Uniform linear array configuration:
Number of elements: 8
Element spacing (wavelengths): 0.5
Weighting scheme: hann
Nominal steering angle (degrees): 0
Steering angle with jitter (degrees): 0.4937
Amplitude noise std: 0.05
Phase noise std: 0.05

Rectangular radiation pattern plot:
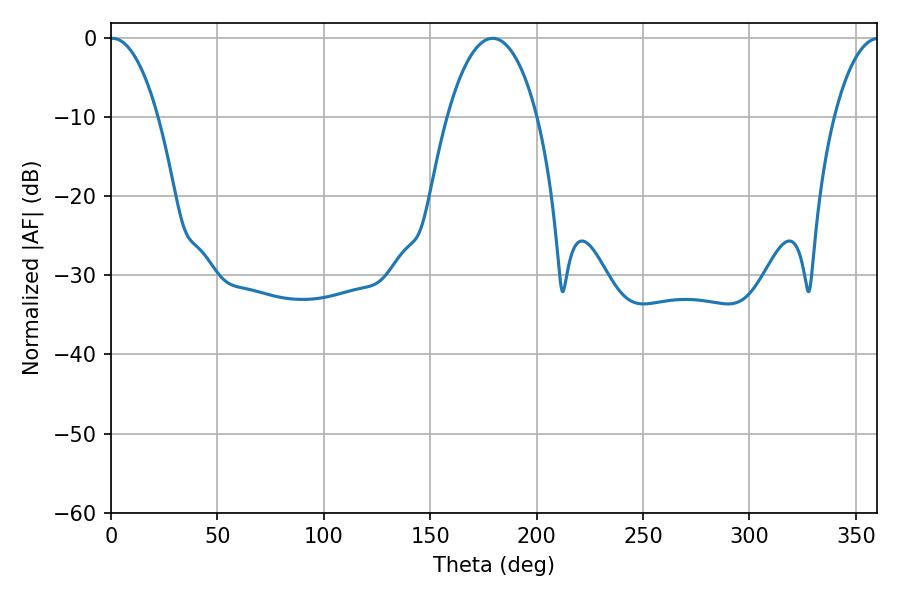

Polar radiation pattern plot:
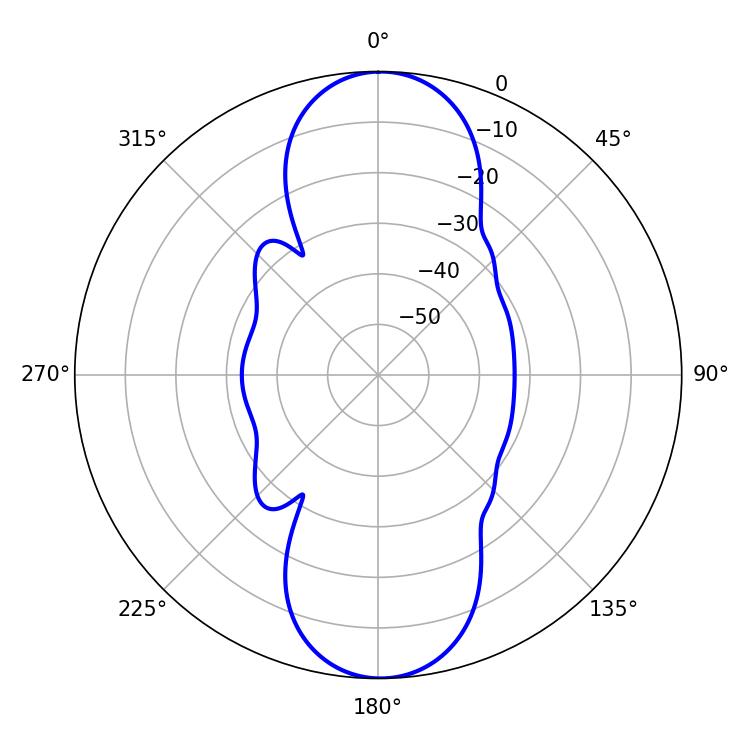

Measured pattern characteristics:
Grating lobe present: FALSE
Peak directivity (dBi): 21.782
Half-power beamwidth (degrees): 12.6
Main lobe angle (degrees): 0.72